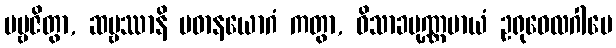
ပဗ္ဗဇိတွာ, ဆဗ္ဗဿာနိ ပဓာနယောဂံ ကတွာ, ဝိသာခပုဏ္ဏမာယံ ဥရုဝေလဂါမေ